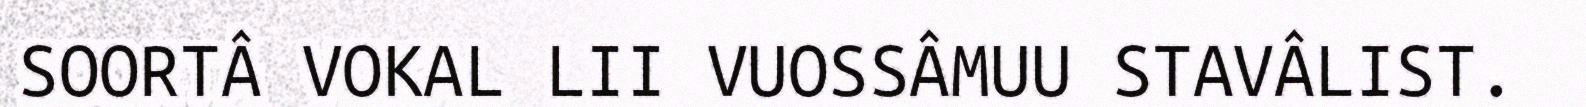
SOORTÂ VOKAL LII VUOSSÂMUU STAVÂLIST.